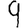
Digit: 9